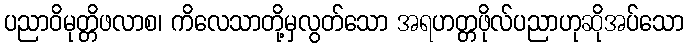
ပညာဝိမုတ္တိဖလာစ၊ ကိလေသာတို့မှလွတ်သော အရဟတ္တဖိုလ်ပညာဟုဆိုအပ်သော